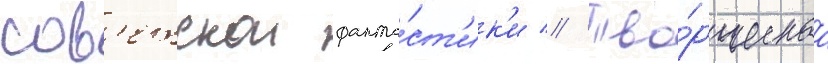
сов'етскои фанта́ст'ик'и // Тво́рческаа